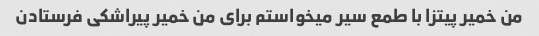
من خمیر پیتزا با طمع سیر میخواستم برای من خمیر پیراشکی فرستادن